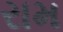
રામ